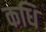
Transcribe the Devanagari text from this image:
कधि